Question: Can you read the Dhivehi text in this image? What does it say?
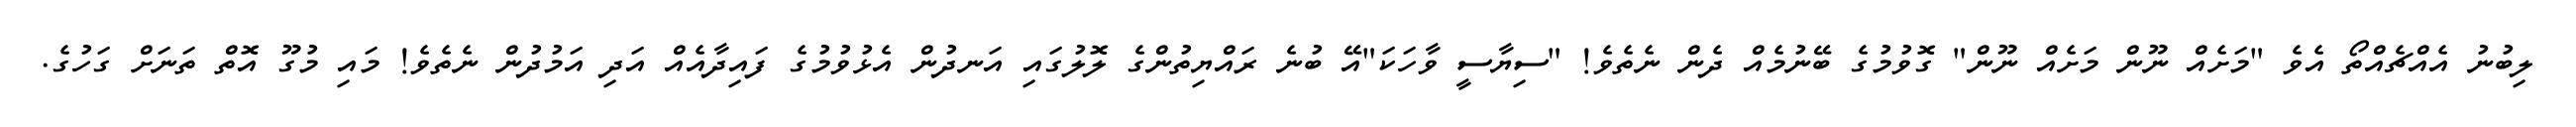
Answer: ލިބުނު އެއްޗެއްތޯ އެވެ "މަށެއް ނޫން މަށެއް ނޫން" ގޮވުމުގެ ބޭނުމެއް ދެން ނެތެވެ! "ސިޔާސީ ވާހަކަ"އޭ ބުނެ ރައްޔިތުންގެ ލޮލުގައި އަނދުން އެޅުވުމުގެ ފައިދާއެއް އަދި އަމުދުން ނެތެވެ! މައި މުގޫ އޮތް ތަނަށް ގަހުގެ.